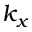
k _ { x }